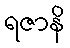
ရဇာနိ